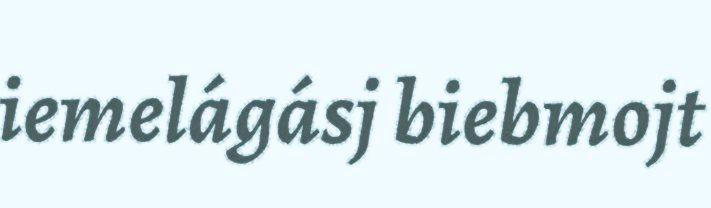
iemelágásj biebmojt